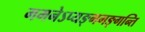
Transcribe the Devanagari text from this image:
गमनेऽप्यङ्गगङ्गन्ति